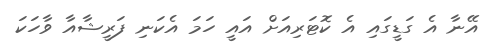
އޭނާ އެ ގަޑީގައި އެ ކޮޓަރިއަށް އައީ ހަމަ އެކަނި ފަރީޝާއާ ވާހަކަ